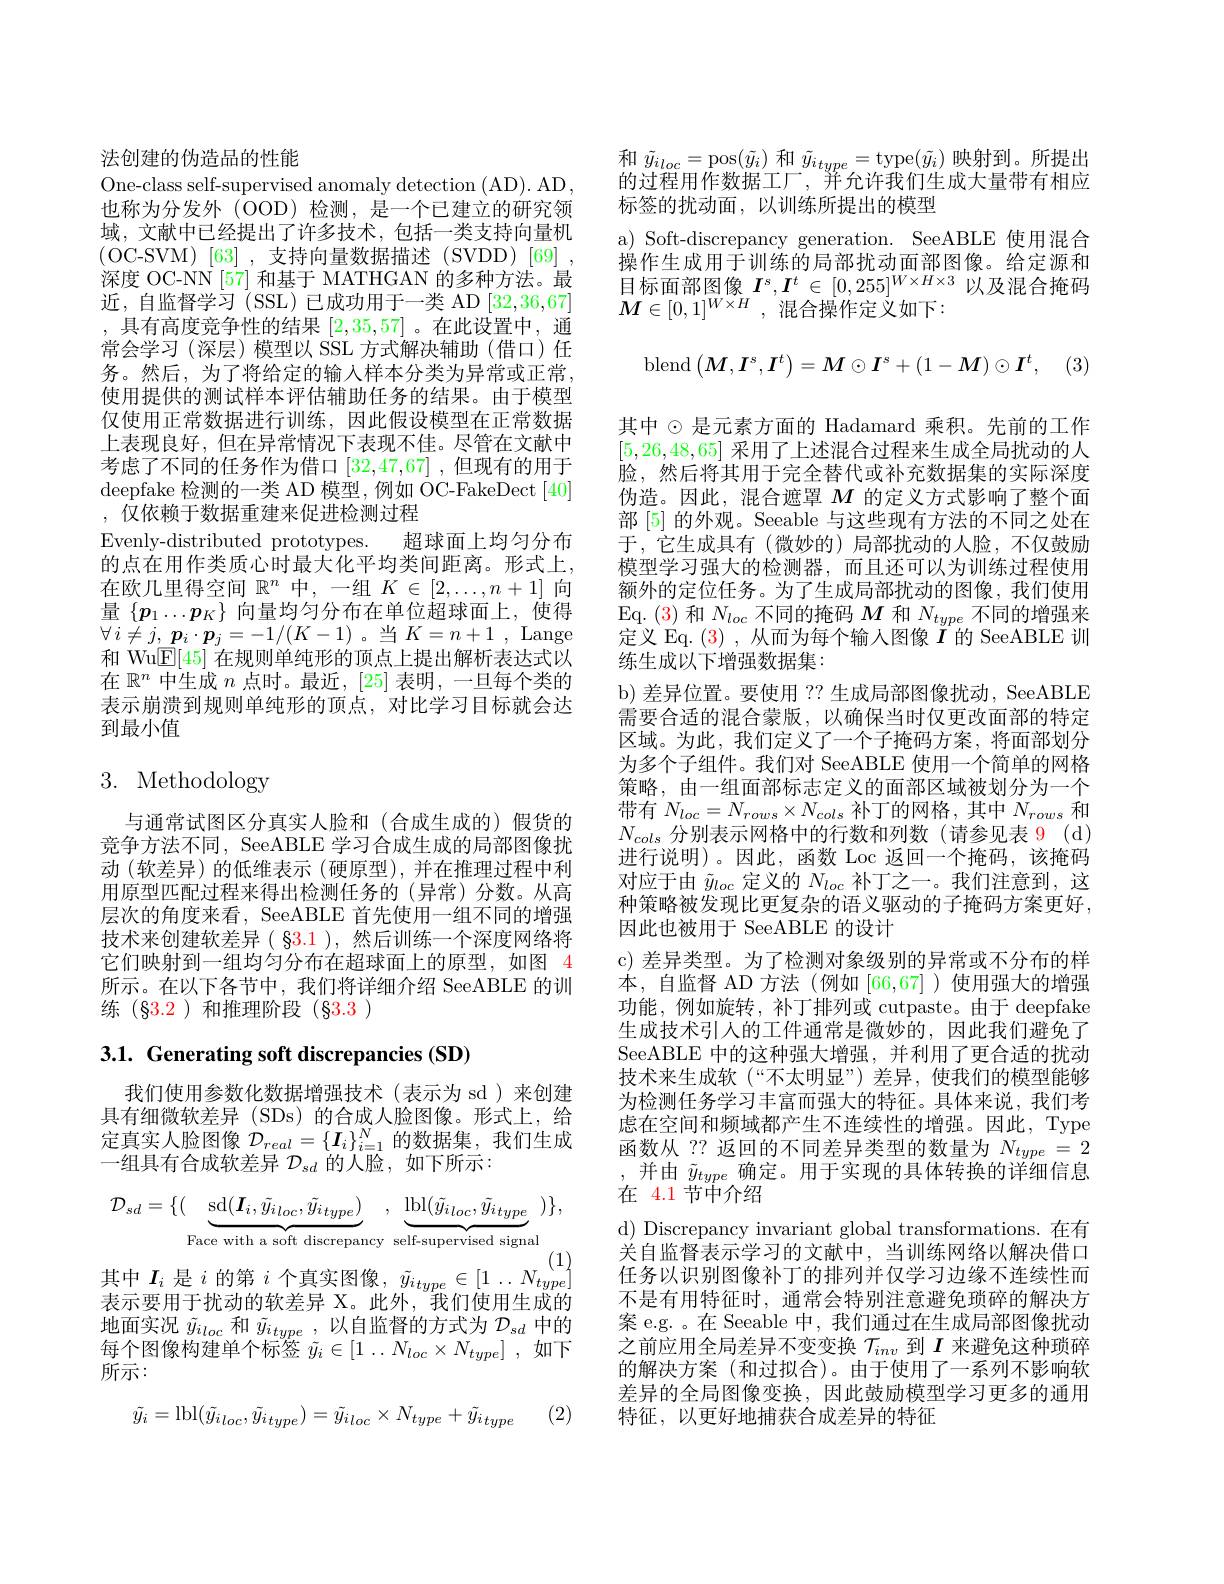
法创建的伪造品的性能
One-class self-supervised anomaly detection (AD). AD, 也称为分发外(OOD)检测，是一个已建立的研究领域，文献中已经提出了许多技术，包括一类支持向量机(OC-SVM)[63],支持向量数据描述(SVDD)[69]~, 深度 OC-NN [57] 和基于 MATHGAN 的多种方法。最近，自监督学习(SSL)已成功用于一类 AD [32,36,67] ,具有高度竞争性的结果[2,35,57] 。在此设置中，通常会学习(深层)模型以 SSL 方式解决辅助(借口)任务。然后，为了将给定的输入样本分类为异常或正常， 使用提供的测试样本评估辅助任务的结果。由于模型仅使用正常数据进行训练，因此假设模型在正常数据上表现良好，但在异常情况下表现不佳。尽管在文献中考虑了不同的任务作为借口[32,47,67],但现有的用于$\operatorname{deepfake}$检测的一类 AD 模型，例如 OC-FakeDect$\left[40\right]$ ,仅依赖于数据重建来促进检测过程
Evenly-distributed prototypes. 超球面上均匀分布的点在用作类质心时最大化平均类间距离。形式上， 在欧几里得空间$\mathbb{R}^n$中，一组$K\in[2,\ldots,n+1]$向量$\{p_1\ldots p_K\}$向量均匀分布在单位超球面上，使得$\forall i\neq j,\boldsymbol{p}_{i}\cdot\boldsymbol{p}_{j}=-1/(K-1)$。当$K=n+1$,Lange 和 Wu$\overline{\mathbb{E}}[45]$在规则单纯形的顶点上提出解析表达式以在$\mathbb{R}^n$中生成$n$点时。最近，[25]表明，一旦每个类的表示崩溃到规则单纯形的顶点，对比学习目标就会达到最小值

# 3. Methodology

与通常试图区分真实人脸和(合成生成的)假货的竞争方法不同，SeeABLE 学习合成生成的局部图像扰动 (软差异)的低维表示 (硬原型),并在推理过程中利用原型匹配过程来得出检测任务的(异常)分数。从高层次的角度来看，SeeABLE 首先使用一组不同的增强技术来创建软差异( $\color{red}{83.1}$ ),然后训练一个深度网络将它们映射到一组均匀分布在超球面上的原型，如图 4所示。在以下各节中，我们将详细介绍 SeeABLE 的训练(§3.2)和推理阶段(§3.3)

# 3.1. Generating soft discrepancies (SD)

我们使用参数化数据增强技术(表示为 sd)来创建具有细微软差异(SDs)的合成人脸图像。形式上，给定真实人脸图像$\mathcal{D}_real=\{\boldsymbol{I}_i\}_{i=1}^N$的数据集，我们生成一组具有合成软差异$\mathcal{D}_sd$的人脸，如下所示：
$$\mathcal{D}_{sd}=\{(\underbrace{\mathrm{sd}(\boldsymbol{I}_{i},\tilde{y}_{i\:loc},\tilde{y}_{i\:type})}_{\text{Face with a soft discrepancy}},\underbrace{\mathrm{lbl}(\tilde{y}_{i\:loc},\tilde{y}_{i\:type})}_{\text{self-supervised signal}})\},$$
其中$I_i$是$i$的第$i$个真实图像$,\tilde{y}_{itype}\in[1\ldots N_{type}^{(1)}]$ 表示要用于扰动的软差异 X。此外，我们使用生成的地面实况$\tilde{y}_{iloc}$和$\tilde{y}_{itype}$,以自监督的方式为$\mathcal{D}_sd$中的每个图像构建单个标签$\tilde{y} _i\in [ 1$ .. $N_{loc}\times N_{type}]$ ,如下所示：
$$\tilde{y_i}=\mathrm{lbl}(\tilde{y_{i\:loc}},\tilde{y_{i\:type}})=\tilde{y_{i\:loc}}\times N_{type}+\tilde{y_{i\:type}}$$
(2)

和$\tilde{y}_{iloc}=$pos$(\tilde{y}_{i})$和$\tilde{y}_{itype}=$type$(\tilde{y}_{i})$映射到。所提出的过程用作数据工厂，并允许我们生成大量带有相应标签的扰动面，以训练所提出的模型
a) Soft-discrepancy generation. SeeABLE 使用混合操作生成用于训练的局部扰动面部图像。给定源和目标面部图像$I^s,I^t\in[0,255]^{W\times H\times3}$以及混合掩码$M\in[0,1]^{W\times H}$,混合操作定义如下：
$$\mathrm{blend}\begin{pmatrix}\boldsymbol{M},\boldsymbol{I}^s,\boldsymbol{I}^t\end{pmatrix}=\boldsymbol{M}\odot\boldsymbol{I}^s+(1-\boldsymbol{M})\odot\boldsymbol{I}^t,$$
其中$\odot$是元素方面的 Hadamard 乘积。先前的工作[5,26,48,65]采用了上述混合过程来生成全局扰动的人脸，然后将其用于完全替代或补充数据集的实际深度伪造。因此，混合遮罩$M$的定义方式影响了整个面部 [5] 的外观。Seeable 与这些现有方法的不同之处在于，它生成具有(微妙的)局部扰动的人脸，不仅鼓励模型学习强大的检测器，而且还可以为训练过程使用额外的定位任务。为了生成局部扰动的图像，我们使用$\operatorname{Eq.}(3)$和$N_loc$不同的掩码$M$和$N_type$不同的增强来定义 Eq. (3),从而为每个输入图像$\tilde{I}$的 SeeABLE 训练生成以下增强数据集：
b) 差异位置。要使用 ?? 生成局部图像扰动，SeeABLE 需要合适的混合蒙版，以确保当时仅更改面部的特定区域。为此，我们定义了一个子掩码方案，将面部划分为多个子组件。我们对 SeeABLE 使用一个简单的网格策略，由一组面部标志定义的面部区域被划分为一个带有$N_{loc}=N_{rows}\times N_{cols}$补丁的网格，其中$N_rows$和$N_{cols}$分别表示网格中的行数和列数(请参见表 9(d) 进行说明)。因此，函数 Loc 返回一个掩码，该掩码对应于由$\tilde{y}_{loc}$定义的$N_loc$补丁之一。我们注意到，这种策略被发现比更复杂的语义驱动的子掩码方案更好， 因此也被用于 SeeABLE 的设计
c) 差异类型。为了检测对象级别的异常或不分布的样本，自监督 AD 方法(例如 [66,67])使用强大的增强功能，例如旋转，补丁排列或 cutpaste。由于 deepfake 生成技术引人的工件通常是微妙的，因此我们避免了SeeABLE 中的这种强大增强，并利用了更合适的扰动技术来生成软(“不太明显”)差异，使我们的模型能够为检测任务学习丰富而强大的特征。具体来说，我们考虑在空间和频域都产生不连续性的增强。因此，Type 函数从 ?? 返回的不同差异类型的数量为$N_{type}=2$ ,并由$\tilde{y}_{type}$确定。用于实现的具体转换的详细信息在 4.1节中介绍
d) Discrepancy invariant global transformations. 在有关自监督表示学习的文献中，当训练网络以解决借口任务以识别图像补丁的排列并仅学习边缘不连续性而不是有用特征时，通常会特别注意避免琐碎的解决方案 e.g. 。在 Seeable 中，我们通过在生成局部图像扰动之前应用全局差异不变变换$\mathcal{T}_{inv}$到$I$来避免这种琐碎的解决方案(和过拟合)。由于使用了一系列不影响软差异的全局图像变换，因此鼓励模型学习更多的通用特征，以更好地捕获合成差异的特征